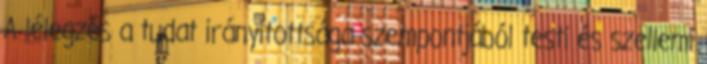
A lélegzés a tudat irányítottsága szempontjából testi és szellemi